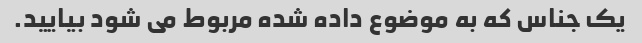
یک جناس که به موضوع داده شده مربوط می شود بیایید.